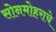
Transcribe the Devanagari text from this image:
सोनमोहराचे